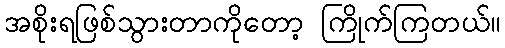
အစိုးရဖြစ်သွားတာကိုတော့ ကြိုက်ကြတယ်။